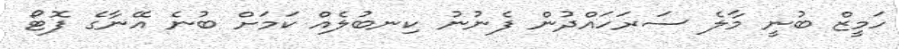
ހަމީޒް ބުނީ މާލެ ސަރަހައްދުން ފެނުނު ކިނބުލެއް ކަމަށް ބުނެ އޭނާގެ ފޮޓޯ